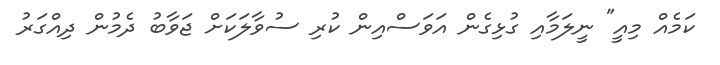
ކަމެއް މިއީ" ނީލަމާއި ގުޅިގެން އަވަސްއިން ކުރި ސުވާލަކަށް ޖަވާބު ދެމުން ދިއްގަރު